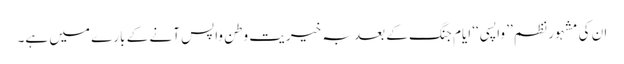
ان کی مشہور نظم ’’ واپسی ‘‘ ایام جنگ کے بعد بہ خیریت وطن واپس آنے کے بارے میں ہے۔